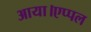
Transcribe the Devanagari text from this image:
आया।एप्पल